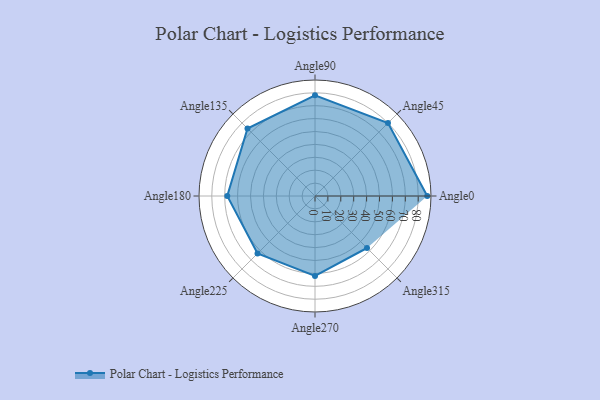
{"axis": {"x": "Angle", "y": "Radius"}, "legend": [""], "data": [{"x": "Angle0", "y": 87.0, "type": ""}, {"x": "Angle45", "y": 80.0, "type": ""}, {"x": "Angle90", "y": 78.0, "type": ""}, {"x": "Angle135", "y": 74.0, "type": ""}, {"x": "Angle180", "y": 68.0, "type": ""}, {"x": "Angle225", "y": 63.0, "type": ""}, {"x": "Angle270", "y": 62.0, "type": ""}, {"x": "Angle315", "y": 57.0, "type": ""}]}